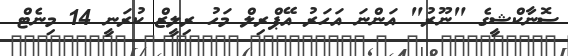
ސޮނާކްޝީގެ "ނޫރު" އަންނަ އަހަރު އޭޕްރިލް މަހު ރިލީޒް ކުރަނީ 14 މިނެޓް